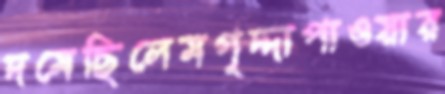
দমেছিলেমগৃদ্দাপাওয়ার